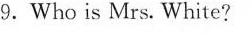
9.Who is Mrs. White?